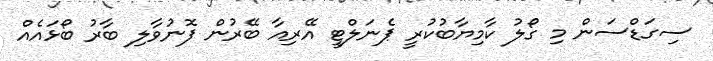
ސިގަޑްސަން މި ގޯލު ކާމިޔާބުކުރީ ޕެނަލްޓީ އޭރިއާ ބޭރުން ފޮނުވާލި ބާރު ބޯޅައެއް